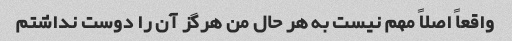
واقعاً اصلاً مهم نیست به هر حال من هرگز آن را دوست نداشتم